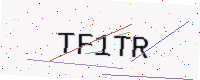
Text: TF1TR